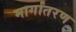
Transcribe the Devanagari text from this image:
मार्गांतरण